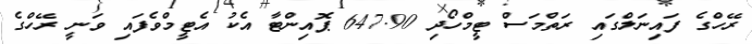
ރޭހްގެ ފައިނަލްގައި ރަތްމަސް ޓީމްހޯދި 647.90 ޕޮއިންޓާ އެކު އެޓީމްވެފައި ވަނީ ރޭހްގެ